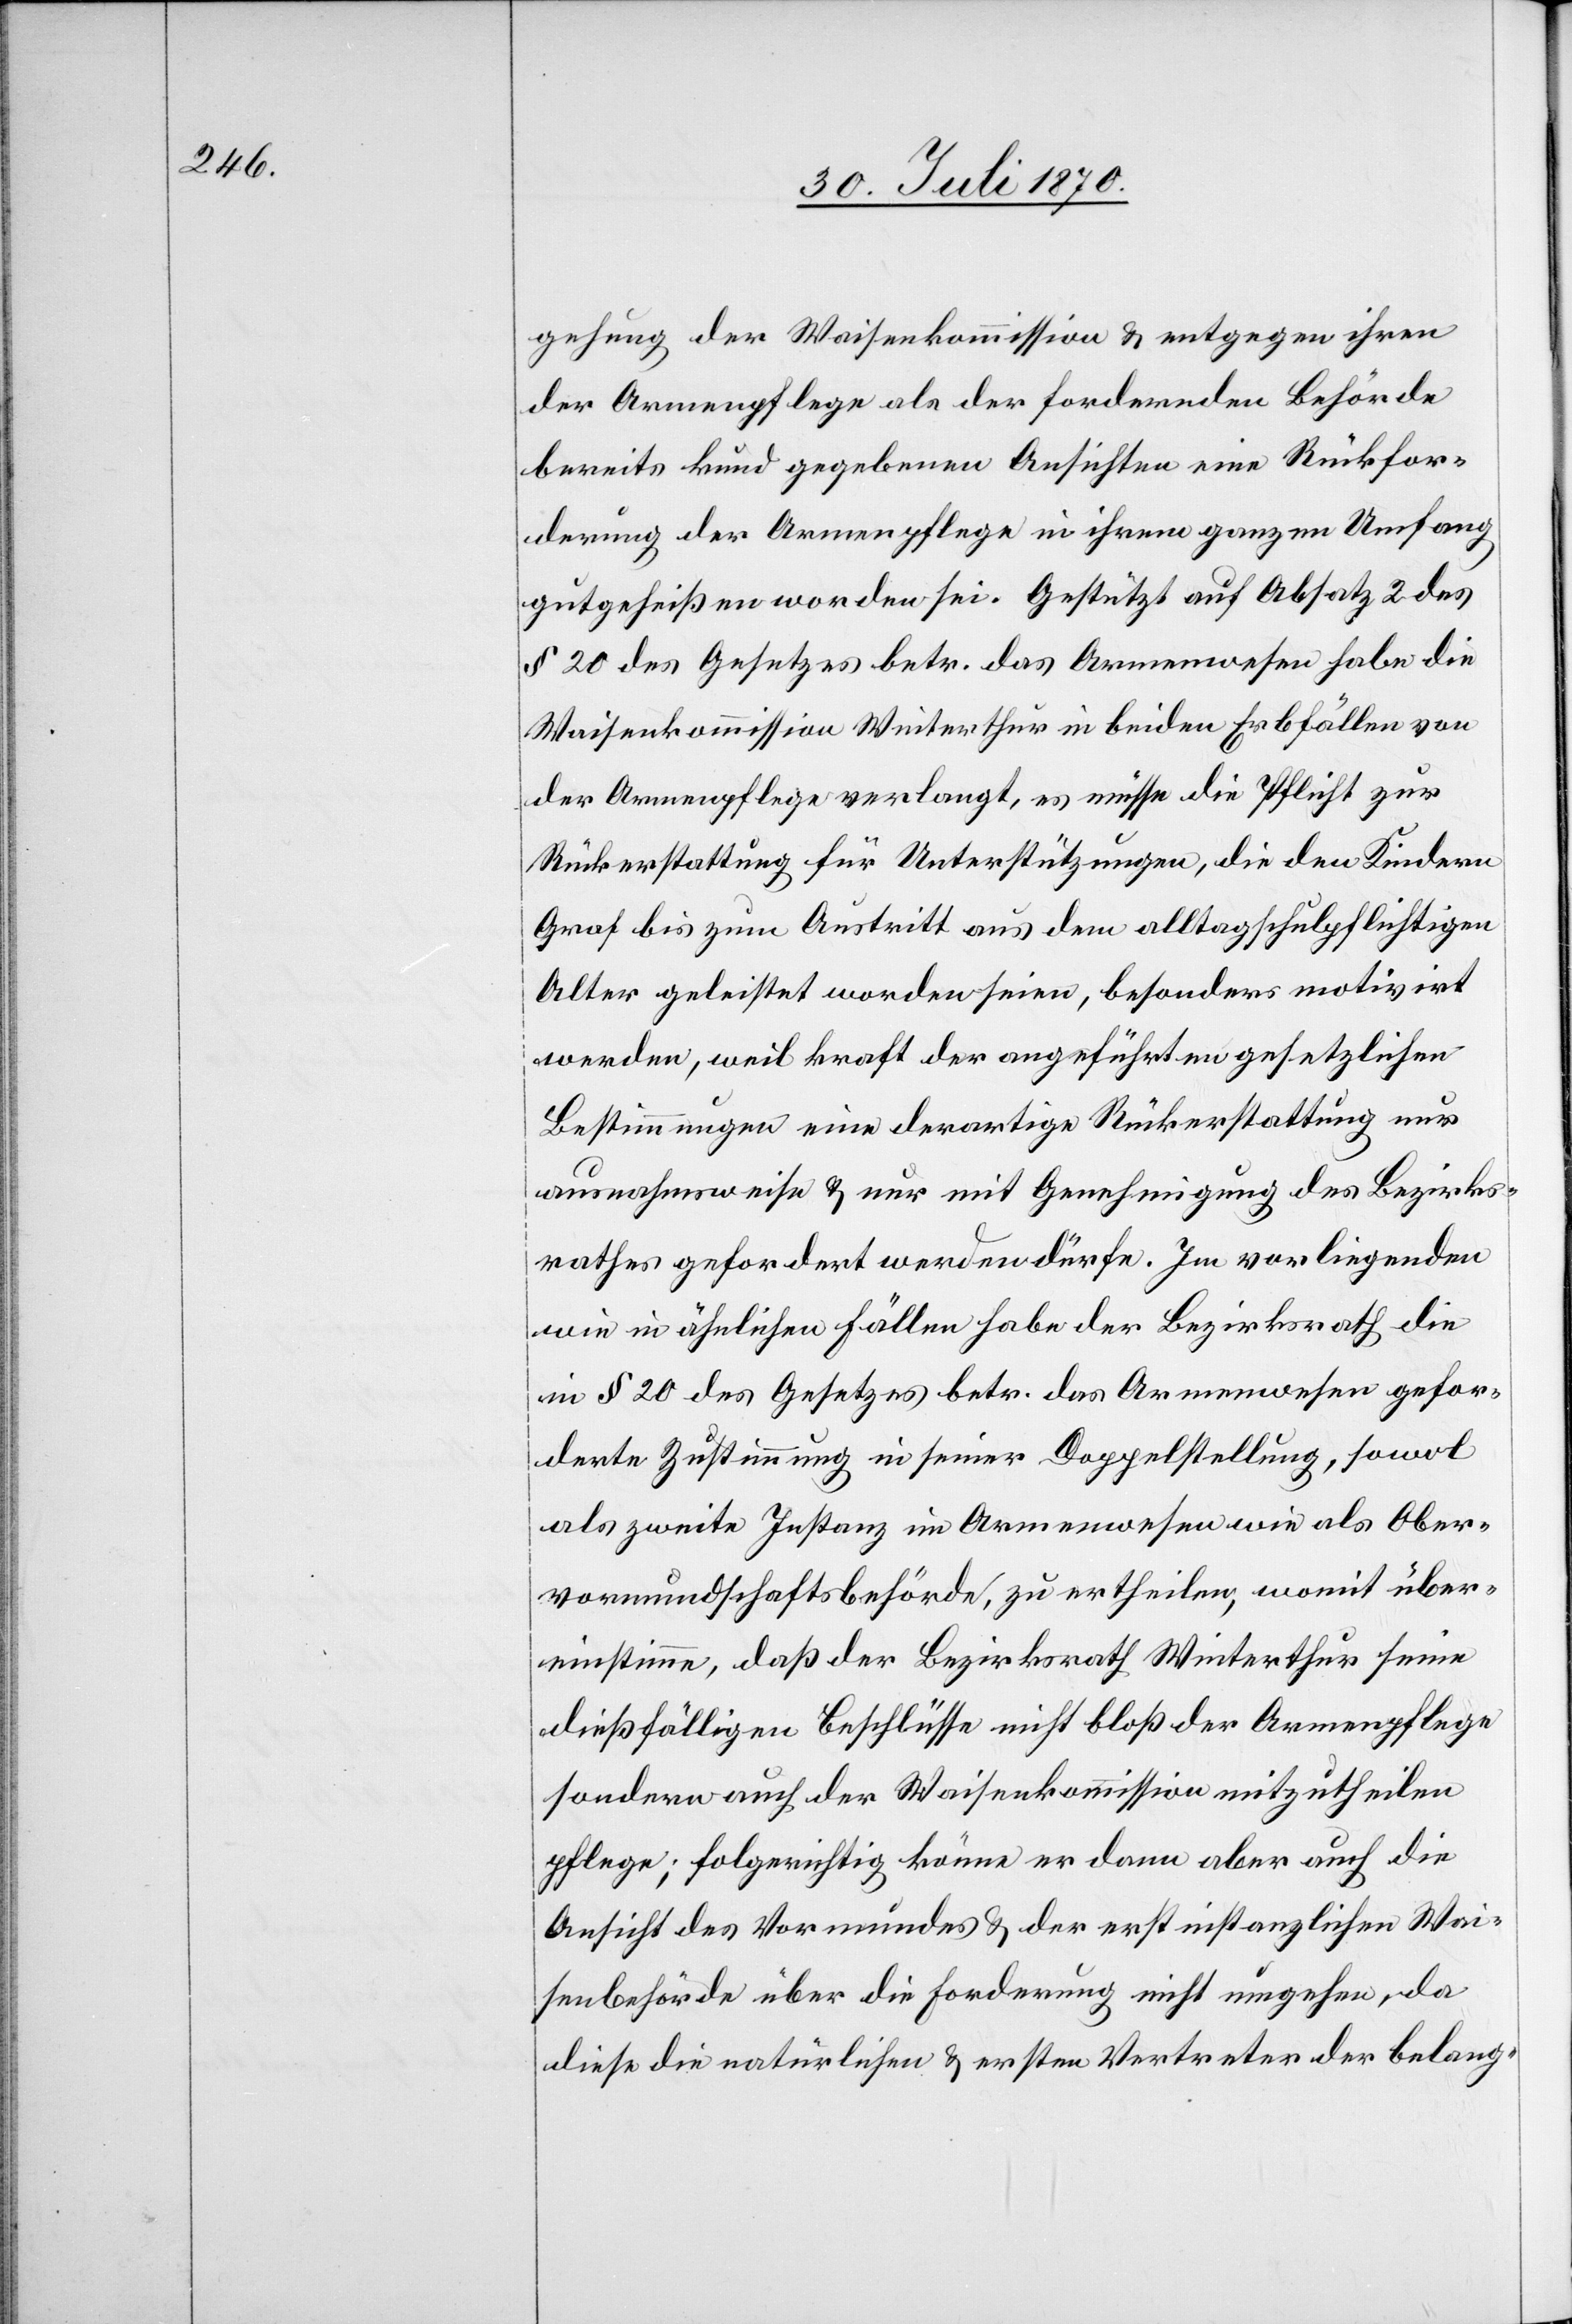
gehung der Waisenkommission & entgegen ihren
der Armenpflege als der fordernden Behörde
bereits kund gegebenen Ansichten eine Rückfor¬
derung der Armenpflege in ihrem ganzen Umfang
gutgeheißen worden sei. Gestützt auf Absatz 2 des
§ 20 des Gesetzes betr. das Armenwesen habe die
Waisenkommission Winterthur in beiden Erbfällen von
der Armenpflege verlangt, es müsse die Pflicht zur
Rückerstattung für Unterstützungen, die den Kindern
Graf bis zum Austritt aus dem alltagschulpflichtigen
Alter geleistet worden seien, besonders motivirt
werden, weil kraft der angeführten gesetzlichen
Bestimmungen eine derartige Rückerstattung nur
ausnahmsweise & nur mit Genehmigung des Bezirks¬
rathes gefordert werden dürfe. Im vorliegenden
wie in ähnlichen Fällen habe der Bezirksrath die
in § 20 des Gesetzes betr. das Armenwesen gefor¬
derte Zustimmung in seiner Doppelstellung, sowohl
als zweite Instanz im Armenwesen wie als Ober¬
vormundschaftsbehörde, zu ertheilen, womit über¬
einstimme, daß der Bezirksrath Winterthur seine
dießfälligen Beschlüsse nicht bloß der Armenpflege
sondern auch der Waisenkommission mitzutheilen
pflege; folgerichtig könne er dann aber auch die
Ansicht des Vormundes & der erstinstanzlichen Wai¬
senbehörde über die Forderung nicht umgehen, da
diese die natürlichen & ersten Vertreter der belang-